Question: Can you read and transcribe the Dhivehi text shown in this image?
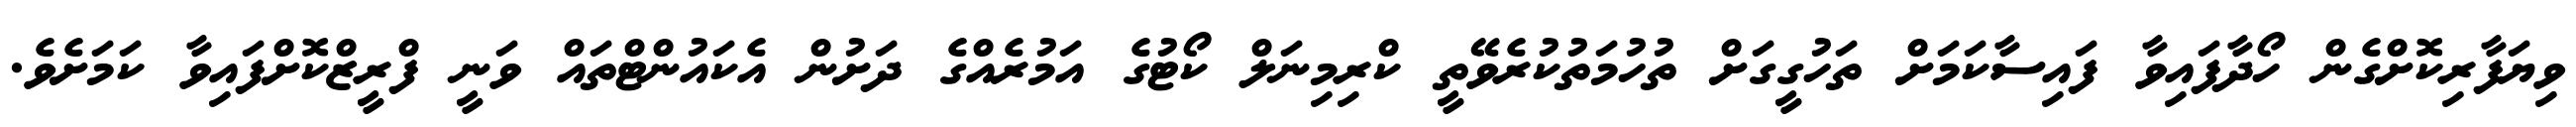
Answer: ވިޔަފާރިކޮށްގެން ހޯދާފައިވާ ފައިސާކަމަށް ތަހުގީގަށް ތުހުމަތުކުރެވޭތީ ކްރިމިނަލް ކޯޓުގެ އަމުރެއްގެ ދަށުން އެކައުންޓްތައް ވަނީ ފްރީޒްކޮށްފައިވާ ކަމަށެވެ.